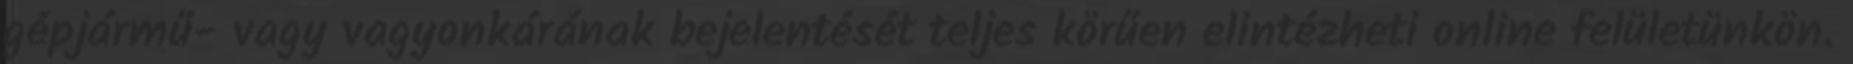
gépjármű- vagy vagyonkárának bejelentését teljes körűen elintézheti online felületünkön.